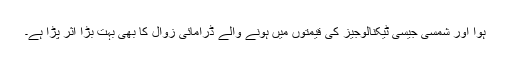
ہوا اور شمسی جیسی ٹیکنالوجیز کی قیمتوں میں ہونے والے ڈرامائی زوال کا بھی بہت بڑا اثر پڑا ہے۔